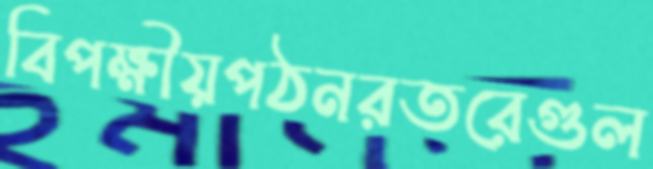
বিপক্ষীয়পঠনরতরেগুল